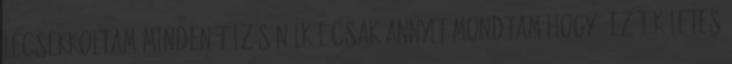
lecsekkoltam,minden túlzás nélkül csak annyit mondtam,hogy : Ez tökéletes